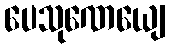
ပေသုဏေယျေ